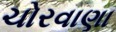
ચોરવાણા